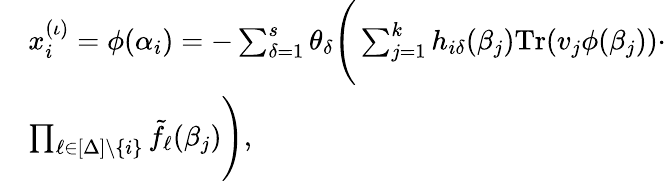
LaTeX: \begin{array}{rl}&{x_{i}^{(\iota)}=\phi(\alpha_{i})=-\sum_{\delta=1}^{s}\theta_{\delta}\Bigg(\sum_{j=1}^{k}h_{i\delta}(\beta_{j})\textrm{Tr}(v_{j}\phi(\beta_{j}))\cdot}\\ &{\prod_{\ell\in[\Delta]\setminus\{ i\} }\tilde{f}_{\ell}(\beta_{j})\Bigg),}\end{array}